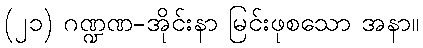
(၂၁) ဂဏ္ဍဏ-အိုင်းနာ မြင်းဖုစသော အနာ။